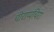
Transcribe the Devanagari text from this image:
चीराप्पंचिरा